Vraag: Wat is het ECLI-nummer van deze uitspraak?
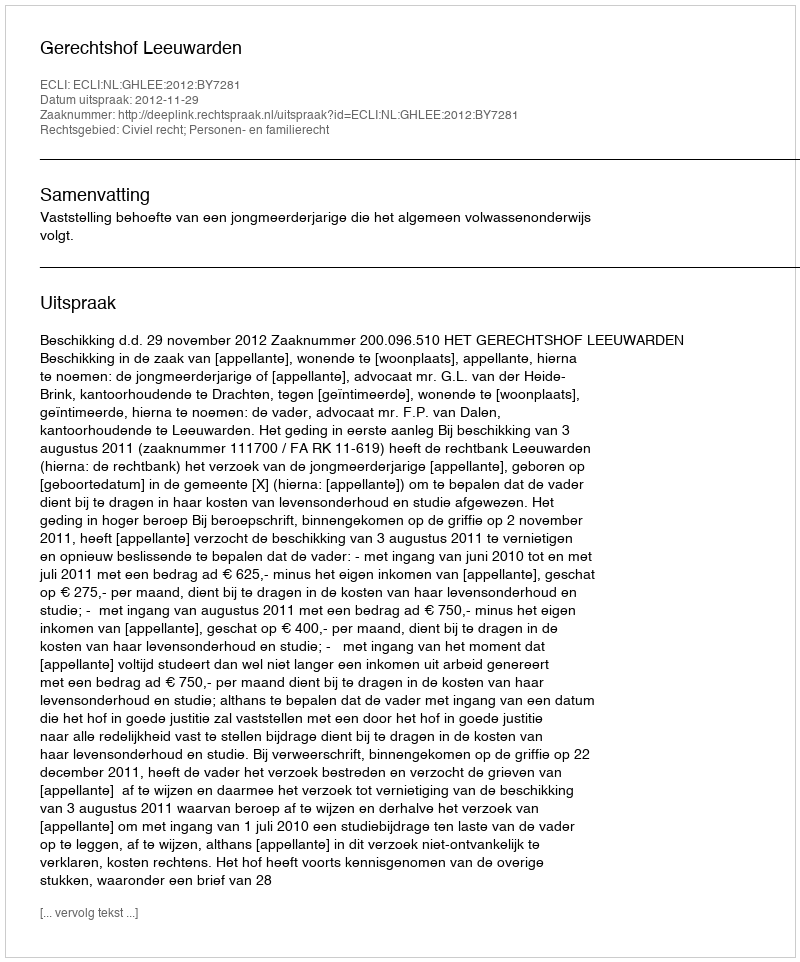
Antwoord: ECLI:NL:GHLEE:2012:BY7281